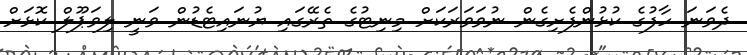
ދެވަނަ ހާފުގެ ކުޅުންފެށިގެން ނުވަވަރަކަށް މިނިޓުގެ ތެރޭގައި ޔުނައިޓެޑުން ވަނީ ލިވަޕޫލް ކޮޅަށް